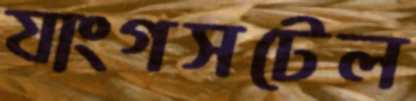
যাংগসটেল